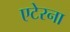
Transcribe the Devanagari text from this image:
एटेरना